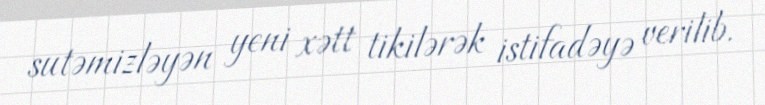
sutəmizləyən yeni xətt tikilərək istifadəyə verilib.